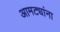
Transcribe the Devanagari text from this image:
आमट्यांना